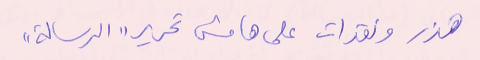
هذر ونقدات على هامش تحرير "الرسالة"